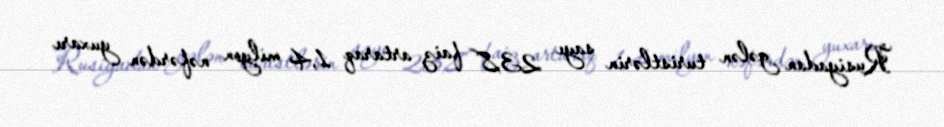
Rusiyadan gələn turistlərin sayı 23,8 faiz artaraq 1,4 milyon nəfərdən yuxarı